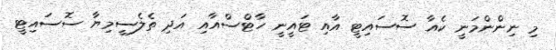
މި ނިންންމަނީ ކެއާ ސޮސައިޓީ އާއި ޓައީނީ ހާޓްސްއާއި އަދި ތެލެސީމިޔާ ސޮސައިޓީ